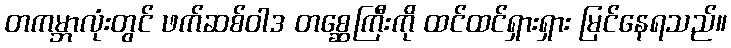
တကမ္ဘာလုံးတွင် ဖက်ဆစ်ဝါဒ တစ္ဆေကြီးကို ထင်ထင်ရှားရှား မြင်နေရသည်။